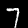
Label: 7